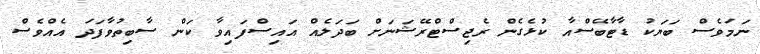
ނަމަވެސް ބަޔަކު ޑާޓާބޭސްއާ ކުޅެގެން ރެޖިސްޓްރޭޝަނަށް ބަދަލެއް އައިސްފައިވާ ކަން ސާބިތުވާފަދަ އެއްވެސް